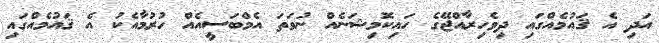
އަދި އެ ޤައުމެއްގައި ދިވެހިރާއްޖޭގެ ހައިކޮމިޝަނެއް ނުވަތަ އެމްބަސީއެއް ހުރުމާއެކު އެ ޤައުމެއްގައި